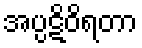
အပ္ပဋိဝိရတာ